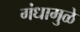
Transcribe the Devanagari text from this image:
गंधामुळे